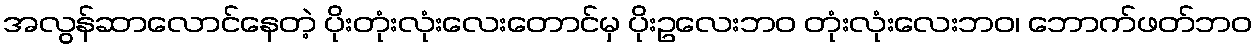
အလွန်ဆာလောင်နေတဲ့ ပိုးတုံးလုံးလေးတောင်မှ ပိုးဥလေးဘဝ တုံးလုံးလေးဘဝ၊ ဘောက်ဖတ်ဘဝ